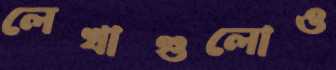
লেখাগুলোও